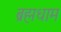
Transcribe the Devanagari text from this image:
ब्रह्मधाम